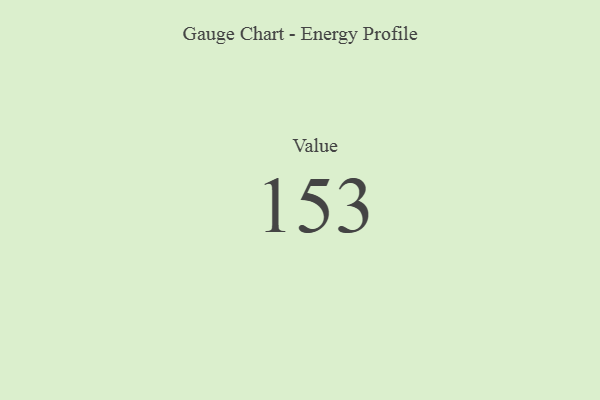
{"axis": {"x": "Metric", "y": "Value"}, "legend": [""], "data": [{"x": "Value", "y": 153, "type": ""}]}